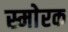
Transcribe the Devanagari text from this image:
स्माेरक